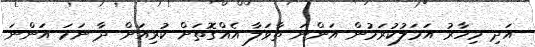
އަދި މިހާރު އަމަލުކުރަމުން އަންނަ ތާވަލާ އެއްގޮތަށް ކުރިއަށް ދާ ނަމަ އަންނަ